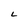
Character: L